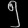
Digit: ၅